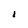
Character: I